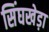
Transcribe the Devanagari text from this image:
सिंघखेड़ा